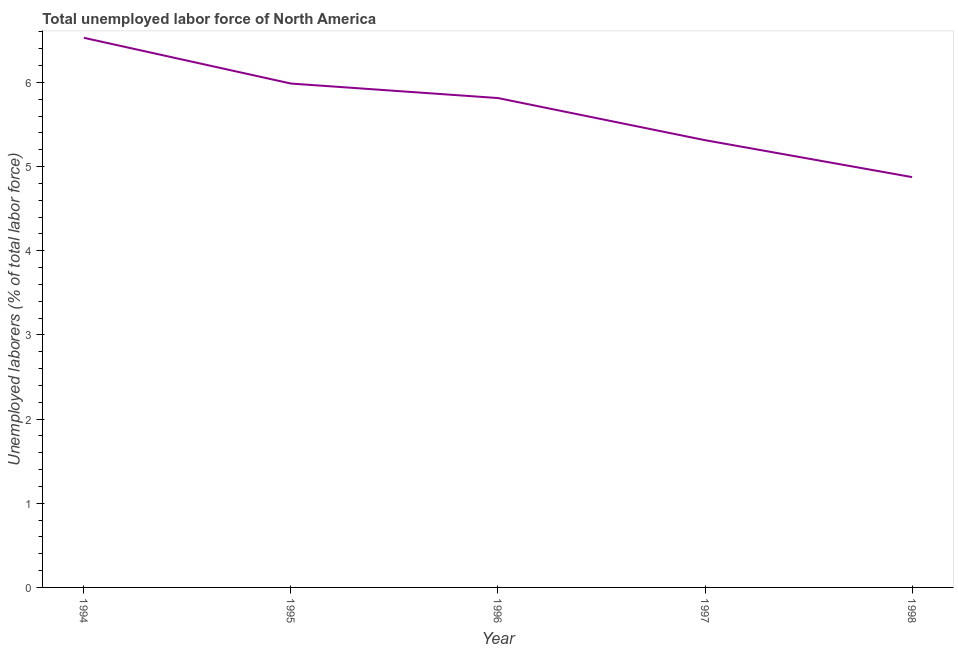
| Year | Unemployment total |
 | --- | --- |
 | 1994 | 6.53 |
 | 1995 | 5.99 |
 | 1996 | 5.81 |
 | 1997 | 5.31 |
 | 1998 | 4.87 |